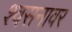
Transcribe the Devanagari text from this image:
श्वसनावर